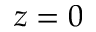
z = 0